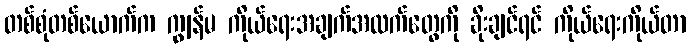
တစ်စုံတစ်ယောက်က ကျွန်မ ကိုယ်ရေးအချက်အလက်တွေကို ခိုးချင်ရင် ကိုယ်ရေးကိုယ်တာ